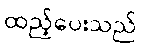
ထည့်ပေးသည်